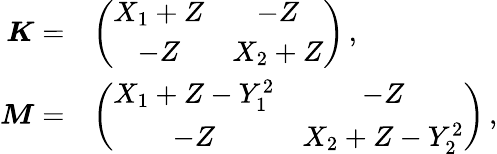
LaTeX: \begin{array}{rl}{\boldsymbol{K}=}&{\left(\begin{array}{cc}{X_{1}+Z}&{-Z}\\ {-Z}&{X_{2}+Z}\end{array}\right)\, ,}\\ {\boldsymbol{M}=}&{\left(\begin{array}{cc}{X_{1}+Z-Y_{1}^{2}}&{-Z}\\ {-Z}&{X_{2}+Z-Y_{2}^{2}}\end{array}\right)\, ,}\end{array}